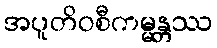
အပူတိဝစီကမ္မန္တဿ